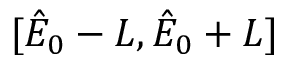
[ \hat { E } _ { 0 } - L , \hat { E } _ { 0 } + L ]